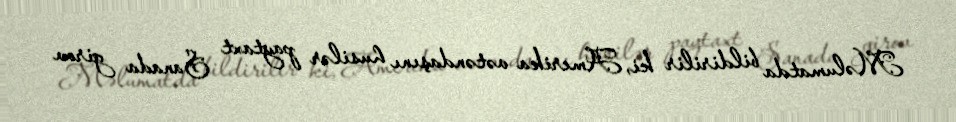
Məlumatda bildirilir ki, Amerika vətəndaşını husilər paytaxt Sanada girov